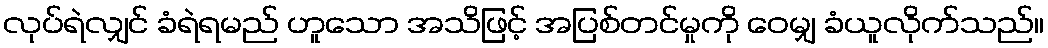
လုပ်ရဲလျှင် ခံရဲရမည် ဟူသော အသိဖြင့် အပြစ်တင်မှုကို ဝေမျှ ခံယူလိုက်သည်။